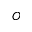
{ \cal O }